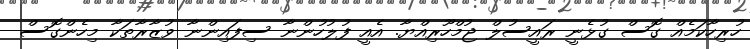
ހުރިހާކަމެއް ގޮސް ގުޅެނީ ރައީސުލް ޖުމްހޫރިއްޔާ. އެއީ ފުލުހުންނާ ސިފައިންނާ ވުޒާރާތަކާ މިހެންގޮސް